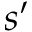
s ^ { \prime }